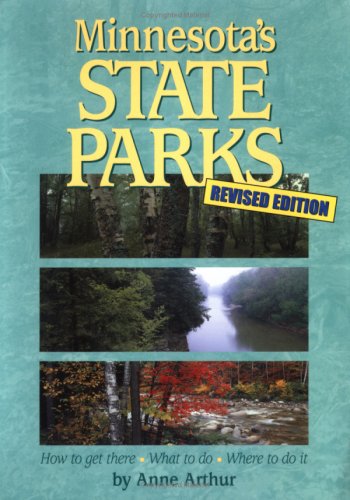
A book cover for Minnesota's State Parks; Ann Arthur; Travel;